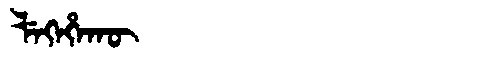
Manchu: ᠯᡝᡴᡝᡥᠠᡴᡡ
Romanization: LEKEHAKŪ